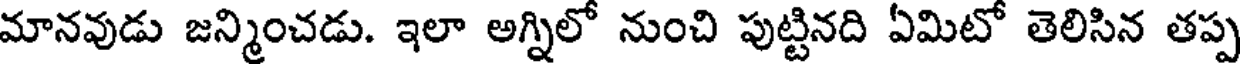
మానవుడు జన్మించడు. ఇలా అగ్నిలో నుంచి పుట్టినది ఏమిటో తెలిసిన తప్ప